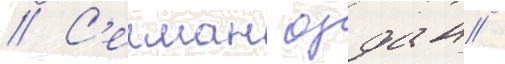
// С'елман оздан /